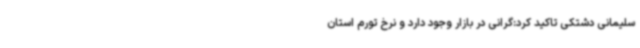
سلیمانی دشتکی تاکید کرد:گرانی در بازار وجود دارد و نرخ تورم استان